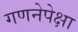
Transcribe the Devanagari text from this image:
गणनेपेक्षा